Indian journal of veterinary science and animal husbandry - Volume 5,
Year: 1935
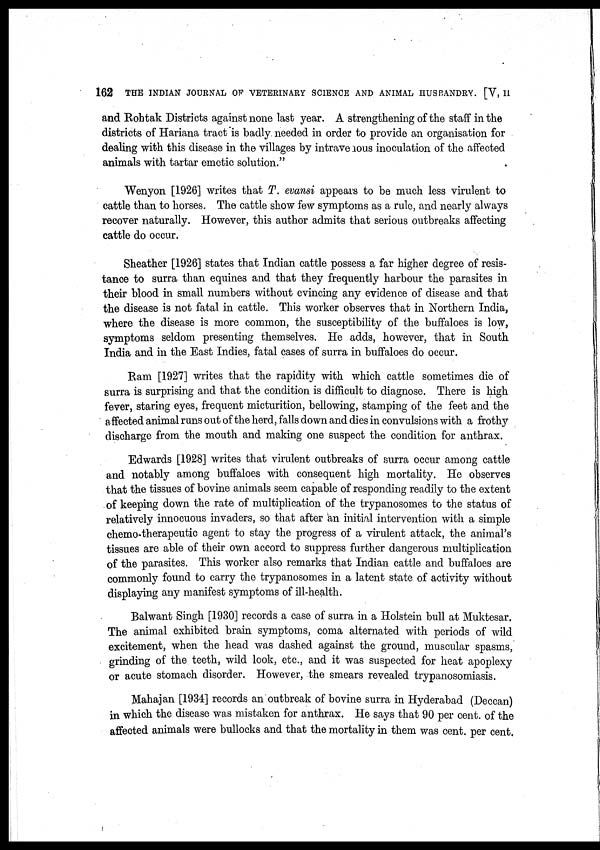
162 THE INDIAN JOURNAL OF VETERINARY SCIENCE AND ANIMAL HUSBANDRY. [V, II
and Rohtak Districts against none last year. A strengthening of the staff in the
districts of Hariana tract is badly needed in order to provide an organisation for
dealing with this disease in the villages by intravenous inoculation of the affected
animals with tartar emetic solution."
Wenyon [1926] writes that T. evansi appears to be much less virulent to
cattle than to horses. The cattle show few symptoms as a rule, and nearly always
recover naturally. However, this author admits that serious outbreaks affecting
cattle do occur.
Sheather [1926] states that Indian cattle possess a far higher degree of resis-
tance to surra than equines and that they frequently harbour the parasites in
their blood in small numbers without evincing any evidence of disease and that
the disease is not fatal in cattle. This worker observes that in Northern India,
where the disease is more common, the susceptibility of the buffaloes is low,
symptoms seldom presenting themselves. He adds, however, that in South
India and in the East Indies, fatal cases of surra in buffaloes do occur.
Ram [1927] writes that the rapidity with which cattle sometimes die of
surra is surprising and that the condition is difficult to diagnose. There is high
fever, staring eyes, frequent micturition, bellowing, stamping of the feet and the
affected animal runs out of the herd, falls down and dies in convulsions with a frothy
discharge from the mouth and making one suspect the condition for anthrax.
Edwards [1928] writes that virulent outbreaks of surra occur among cattle
and notably among buffaloes with consequent high mortality. He observes
that the tissues of bovine animals seem capable of responding readily to the extent
of keeping down the rate of multiplication of the trypanosomes to the status of
relatively innocuous invaders, so that after an initial intervention with a simple
chemo-therapeutic agent to stay the progress of a virulent attack, the animal's
tissues are able of their own accord to suppress further dangerous multiplication
of the parasites. This worker also remarks that Indian cattle and buffaloes are
commonly found to carry the trypanosomes in a latent state of activity without
displaying any manifest symptoms of ill-health.
Balwant Singh [1930] records a case of surra in a Holstein bull at Muktesar.
The animal exhibited brain symptoms, coma alternated with periods of wild
excitement, when the head was dashed against the ground, muscular spasms,
grinding of the teeth, wild look, etc., and it was suspected for heat apoplexy
or acute stomach disorder. However, the smears revealed trypanosomiasis.
Mahajan [1934] records an outbreak of bovine surra in Hyderabad (Deccan)
in which the disease was mistaken for anthrax. He says that 90 per cent. of the
affected animals were bullocks and that the mortality in them was cent. per cent.